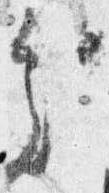
処